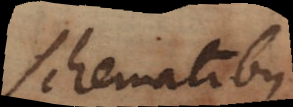
schematibus